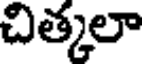
చిత్కలా